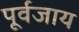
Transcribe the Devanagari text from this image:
पूर्वजाय